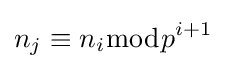
n_{j}\equiv n_{i}{\bmod {p}}^{i+1}